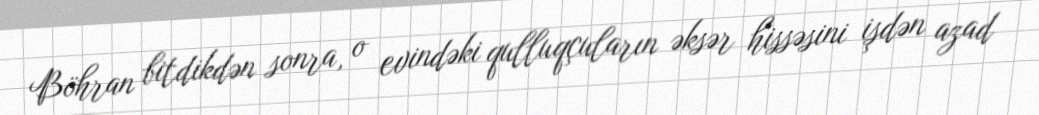
Böhran bitdikdən sonra, o evindəki qulluqçuların əksər hissəsini işdən azad